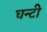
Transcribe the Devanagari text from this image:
घन्टी